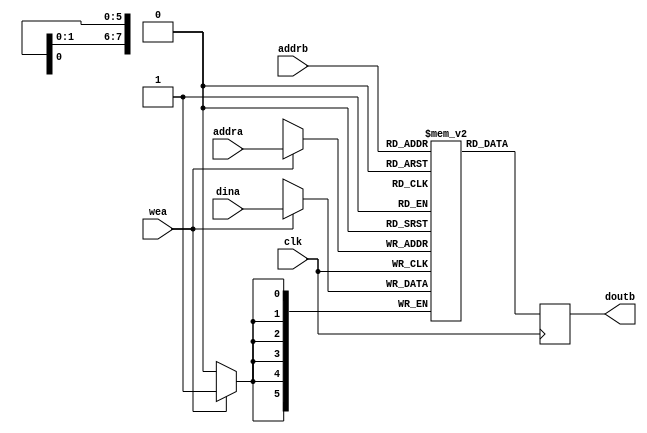
`timescale 1ps/1ps
module BRAM #(
    parameter ADDR_WIDTH = $clog2(8*32),
              DOUT_WIDTH = 6,
              ID = 1
)(
    input clk,
    input wea,
    input [ADDR_WIDTH-1:0] addra, 
    input [ADDR_WIDTH-1:0] addrb,
    input [DOUT_WIDTH-1:0] dina,
    output reg [DOUT_WIDTH-1:0] doutb
);
    integer i;
    (* ram_style = "block" *) reg [DOUT_WIDTH-1:0] mem [2**ADDR_WIDTH-1:0];
    //////////////////////////////////////
    //bram initialize
    initial begin
        if(ID==2)begin
            for(i=0;i<32;i=i+1)begin
                mem[i]=i;
            end 
        end
    end

    always @(posedge clk) begin
        if(wea)begin
            mem[addra]<=dina;
        end
        doutb<=mem[addrb];//output register mode bram
    end
endmodule